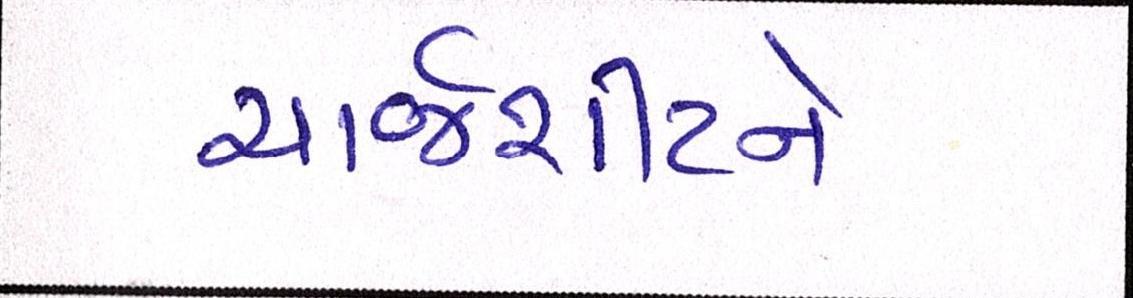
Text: ચાર્જશીટને